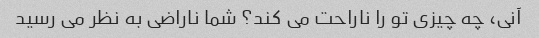
آنی، چه چیزی تو را ناراحت می کند؟ شما ناراضی به نظر می رسید